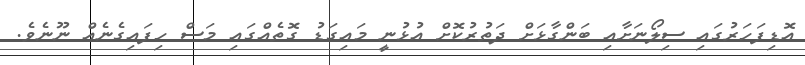
އޮޑިފަހަރުގައި ސިލޯނަށާއި ބަންގާޅަށް ދަތުރުކޮށް އުޅުނީ މައިގަޑު ގޮތެއްގައި މަސް ހިފައިގެނެއް ނޫނެވެ.